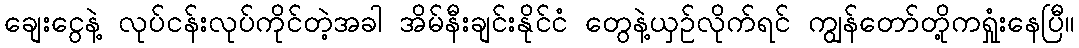
ချေးငွေနဲ့ လုပ်ငန်းလုပ်ကိုင်တဲ့အခါ အိမ်နီးချင်းနိုင်ငံ တွေနဲ့ယှဉ်လိုက်ရင် ကျွန်တော်တို့ကရှုံးနေပြီ။